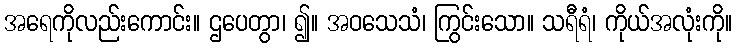
အရေကိုလည်းကောင်း။ ဌပေတွာ၊ ၍။ အဝသေသံ၊ ကြွင်းသော။ သရီရံ၊ ကိုယ်အလုံးကို။